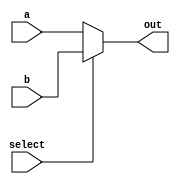
module Mux2to1(input select,input [31:0] a,b,output[31:0] out);
	assign out= (select==0) ? a : b ;
endmodule